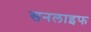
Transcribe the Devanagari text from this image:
सनलाइफ